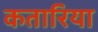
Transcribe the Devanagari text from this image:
कतारिया